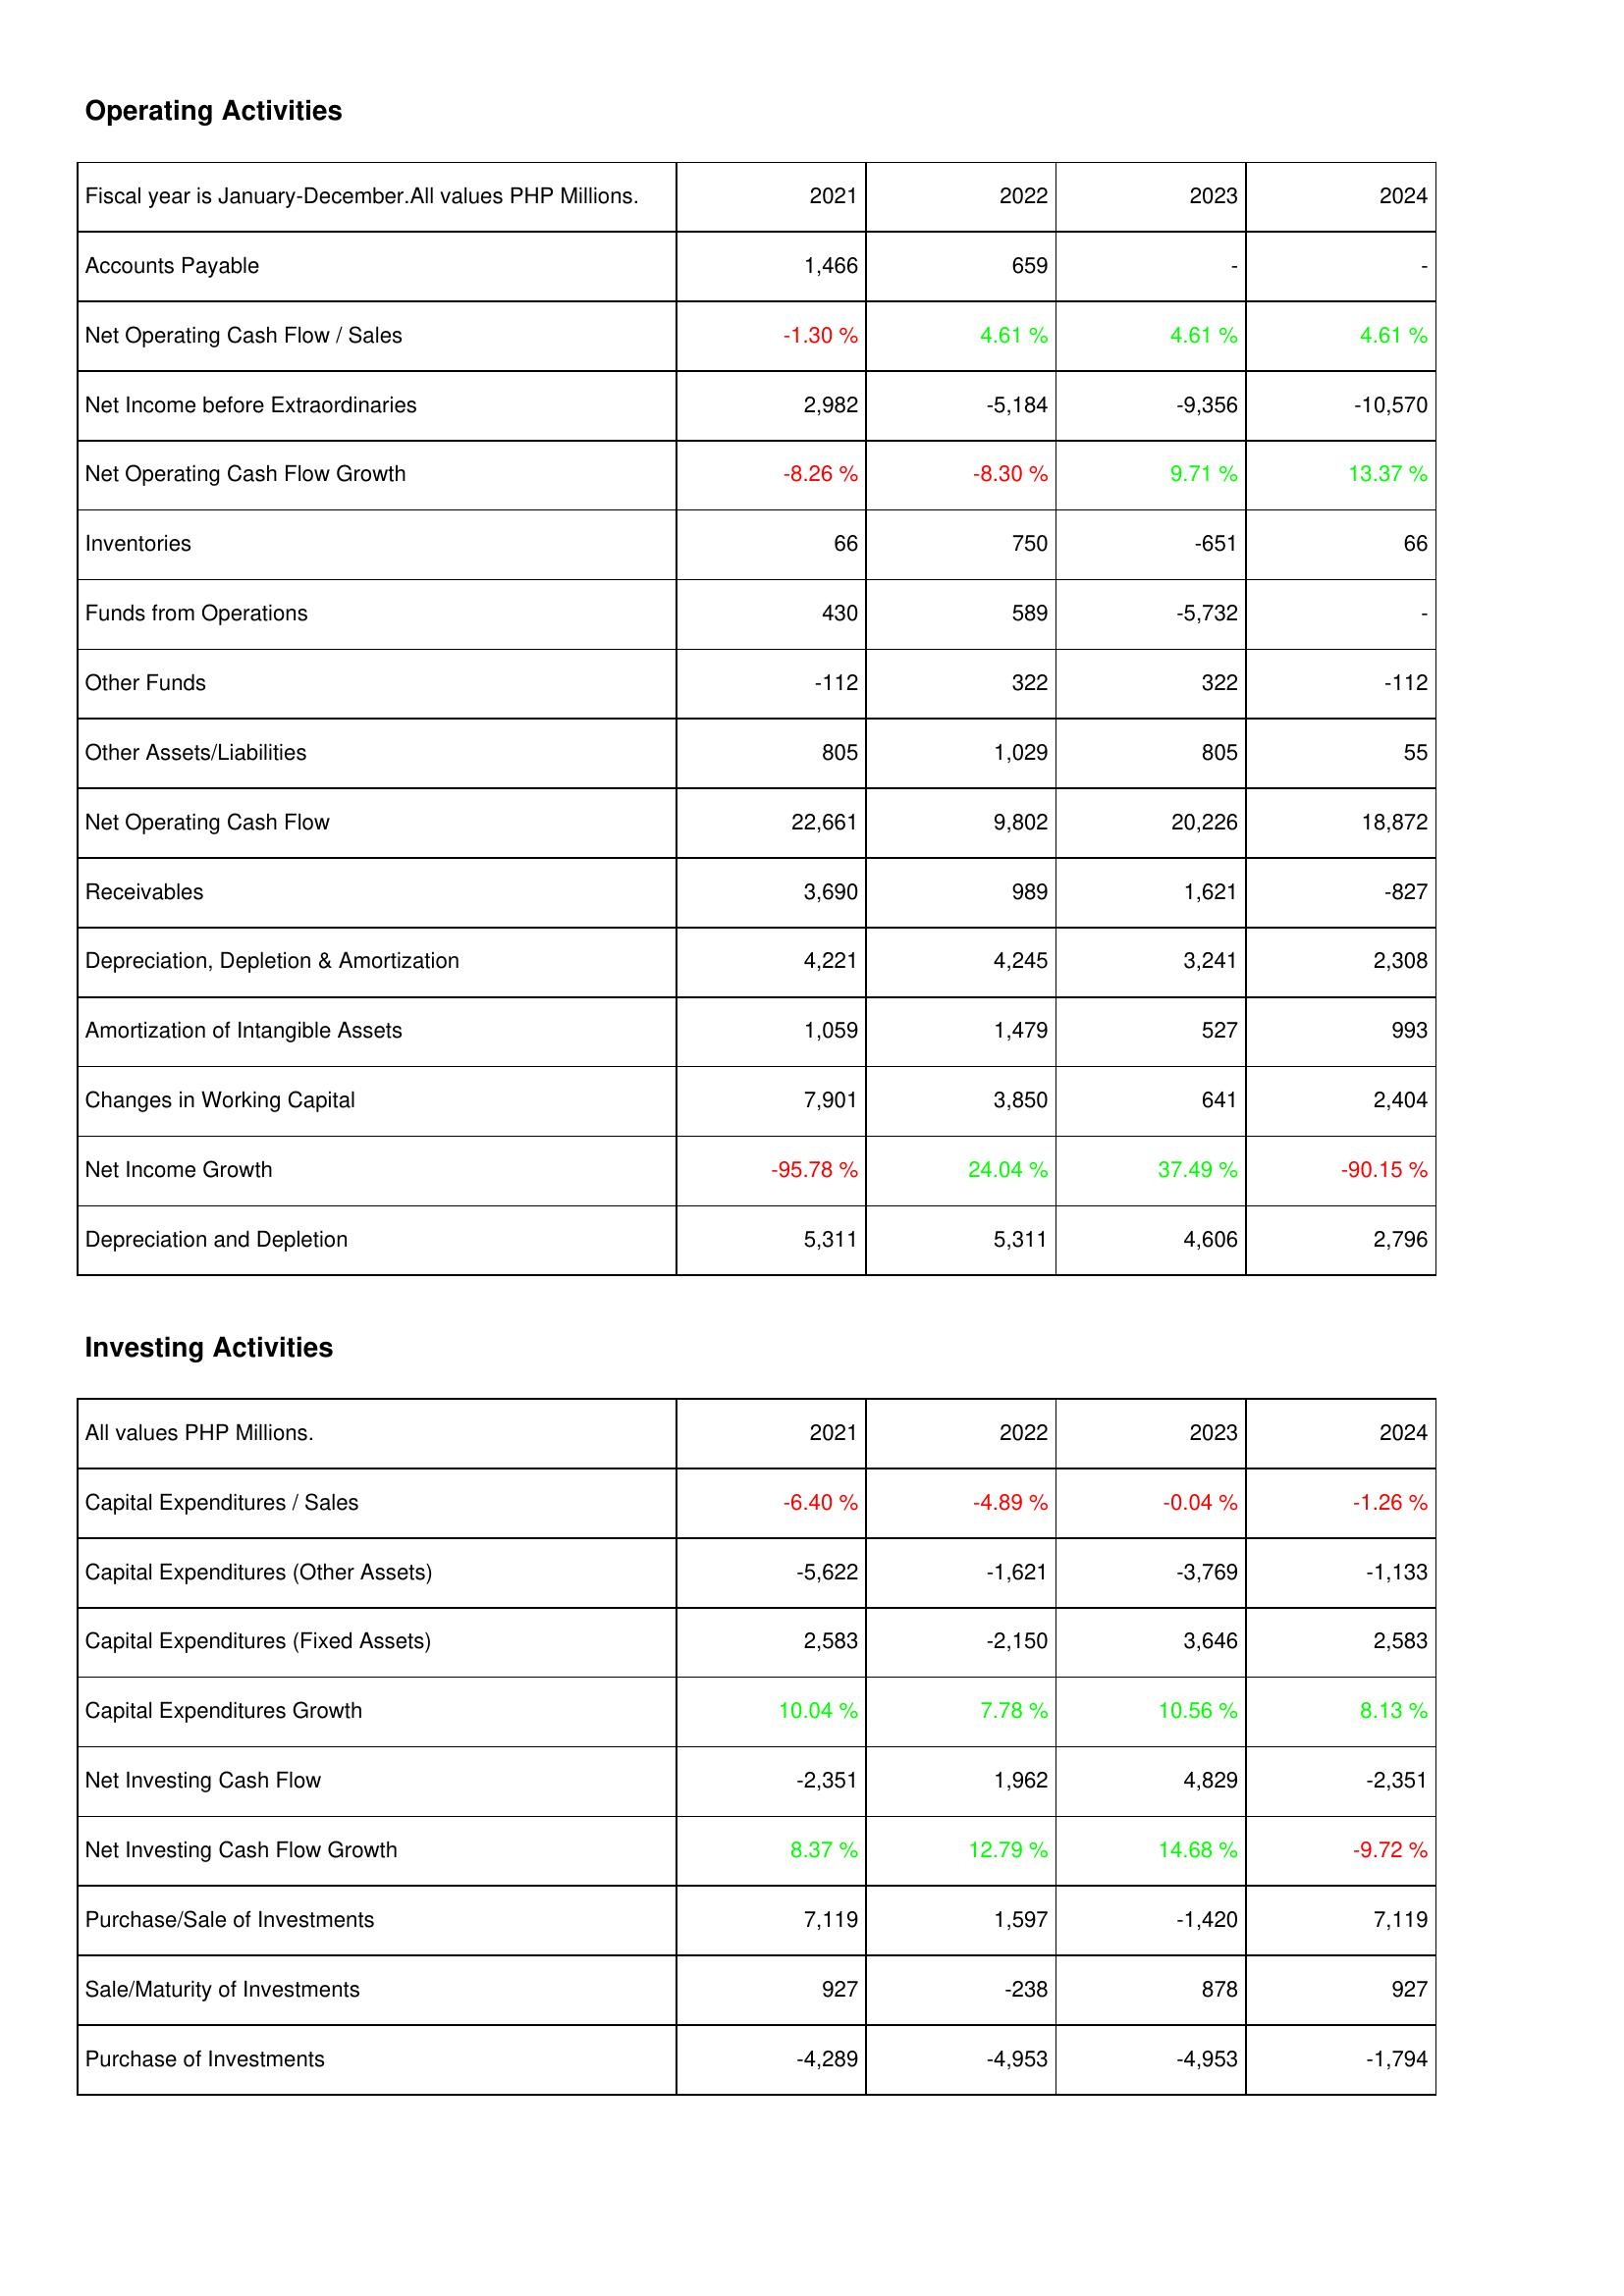
2021: Operating Activities: Accounts Payable: 1,466
Net Operating Cash Flow / Sales: -1.30 %
Net Income before Extraordinaries: 2,982
Net Operating Cash Flow Growth: -8.26 %
Inventories: 66
Funds from Operations: 430
Other Funds: -112
Other Assets/Liabilities: 805
Net Operating Cash Flow: 22,661
Receivables: 3,690
Depreciation, Depletion & Amortization: 4,221
Amortization of Intangible Assets: 1,059
Changes in Working Capital: 7,901
Net Income Growth: -95.78 %
Depreciation and Depletion: 5,311
Investing Activities: Capital Expenditures / Sales: -6.40 %
Capital Expenditures (Other Assets): -5,622
Capital Expenditures (Fixed Assets): 2,583
Capital Expenditures Growth: 10.04 %
Net Investing Cash Flow: -2,351
Net Investing Cash Flow Growth: 8.37 %
Purchase/Sale of Investments: 7,119
Sale/Maturity of Investments: 927
Purchase of Investments: -4,289
2022: Operating Activities: Accounts Payable: 659
Net Operating Cash Flow / Sales: 4.61 %
Net Income before Extraordinaries: -5,184
Net Operating Cash Flow Growth: -8.30 %
Inventories: 750
Funds from Operations: 589
Other Funds: 322
Other Assets/Liabilities: 1,029
Net Operating Cash Flow: 9,802
Receivables: 989
Depreciation, Depletion & Amortization: 4,245
Amortization of Intangible Assets: 1,479
Changes in Working Capital: 3,850
Net Income Growth: 24.04 %
Depreciation and Depletion: 5,311
Investing Activities: Capital Expenditures / Sales: -4.89 %
Capital Expenditures (Other Assets): -1,621
Capital Expenditures (Fixed Assets): -2,150
Capital Expenditures Growth: 7.78 %
Net Investing Cash Flow: 1,962
Net Investing Cash Flow Growth: 12.79 %
Purchase/Sale of Investments: 1,597
Sale/Maturity of Investments: -238
Purchase of Investments: -4,953
2023: Operating Activities: Accounts Payable: -
Net Operating Cash Flow / Sales: 4.61 %
Net Income before Extraordinaries: -9,356
Net Operating Cash Flow Growth: 9.71 %
Inventories: -651
Funds from Operations: -5,732
Other Funds: 322
Other Assets/Liabilities: 805
Net Operating Cash Flow: 20,226
Receivables: 1,621
Depreciation, Depletion & Amortization: 3,241
Amortization of Intangible Assets: 527
Changes in Working Capital: 641
Net Income Growth: 37.49 %
Depreciation and Depletion: 4,606
Investing Activities: Capital Expenditures / Sales: -0.04 %
Capital Expenditures (Other Assets): -3,769
Capital Expenditures (Fixed Assets): 3,646
Capital Expenditures Growth: 10.56 %
Net Investing Cash Flow: 4,829
Net Investing Cash Flow Growth: 14.68 %
Purchase/Sale of Investments: -1,420
Sale/Maturity of Investments: 878
Purchase of Investments: -4,953
2024: Operating Activities: Accounts Payable: -
Net Operating Cash Flow / Sales: 4.61 %
Net Income before Extraordinaries: -10,570
Net Operating Cash Flow Growth: 13.37 %
Inventories: 66
Funds from Operations: -
Other Funds: -112
Other Assets/Liabilities: 55
Net Operating Cash Flow: 18,872
Receivables: -827
Depreciation, Depletion & Amortization: 2,308
Amortization of Intangible Assets: 993
Changes in Working Capital: 2,404
Net Income Growth: -90.15 %
Depreciation and Depletion: 2,796
Investing Activities: Capital Expenditures / Sales: -1.26 %
Capital Expenditures (Other Assets): -1,133
Capital Expenditures (Fixed Assets): 2,583
Capital Expenditures Growth: 8.13 %
Net Investing Cash Flow: -2,351
Net Investing Cash Flow Growth: -9.72 %
Purchase/Sale of Investments: 7,119
Sale/Maturity of Investments: 927
Purchase of Investments: -1,794